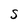
Character: S